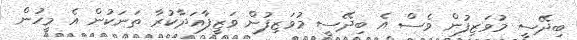
ބިދޭސީ މުވަޒިފުން ވެސް އެ ބިދޭސީ މުވަޒިފުން ވަޒީފާއަދާކުރާ ތަނަކުން އެ މީހުން